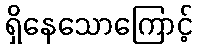
ရှိနေသောကြောင့်